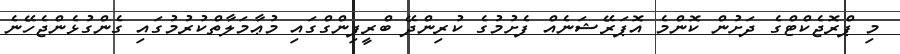
މި ޕްރޮޖެކްޓްގެ ދަށުން ކޮންމެ އޮޕަރޭޝަނެއް ފެށުމުގެ ކުރިންދޭ ބްރީފިންގްގައި މުޢާމަލާތްކުރުމުގައި ގެންގުޅެންޖެހޭނެ